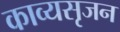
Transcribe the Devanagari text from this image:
काव्यसृजन